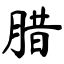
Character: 腊